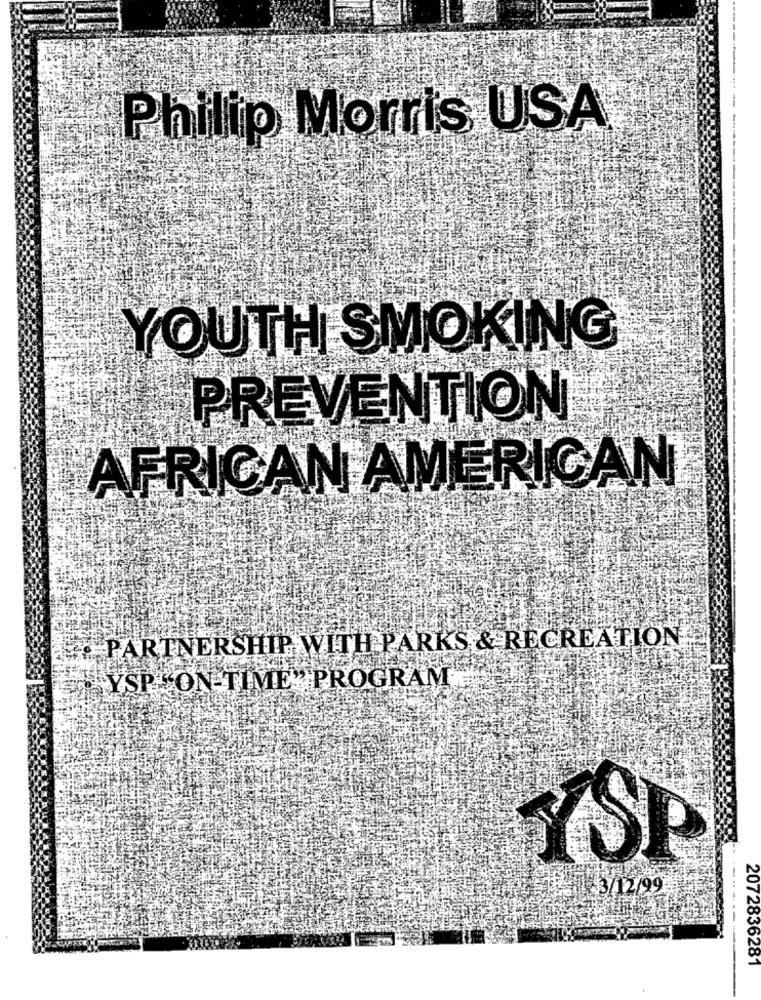
Philip Morris USA
YOUTH SMOKING
PREVENTION
AFRICAN AMERICAN
PARTNERSHIP WITH PARKS & RECREATION
YSP-ON TIME" PROGRAM
YSP
13/12/99
-------
2072836281